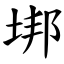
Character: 垹